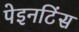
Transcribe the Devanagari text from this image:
पेइनटिंस